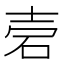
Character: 𥑟